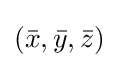
({\bar {x}},{\bar {y}},{\bar {z}})